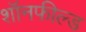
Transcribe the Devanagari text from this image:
शॉनफील्ड